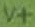
Text: V+